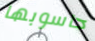
حاسوبها